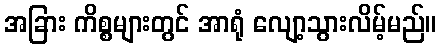
အခြား ကိစ္စများတွင် အာရုံ လျော့သွားလိမ့်မည်။